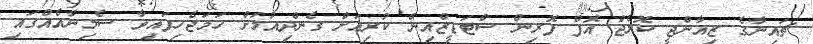
ޗައިނާގެ ޒިއާންޖީ ކޮލެޖް އޮފް ފޮރިން ސްޓަޑީޒްއިން ކުރިއަށް ގެންދިއުމަށް ހަމަޖެހިފައިވާ ސެމިނާއެއްގައި